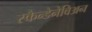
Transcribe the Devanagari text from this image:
स्कैन्डेनेविअन